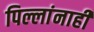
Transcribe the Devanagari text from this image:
पिल्लांनाही